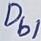
Text: Db1